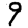
Digit: 9